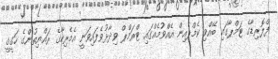
ފްލޮރިޑާގެ ޓަމްޕާގައި ބޭއްވި ކެމްޕެއިން އެއްވުމެއްގައި ޓްރަމްޕް ވިދާޅުވެފައިވަނީ އެމެރިކާގެ ރައްޔިތުންގެ ހަގީގީ